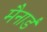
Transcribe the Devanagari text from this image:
मैनार्ड